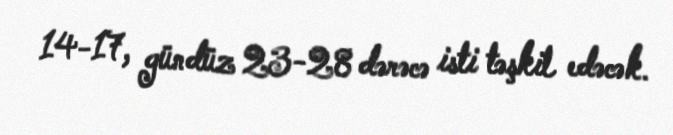
14-17, gündüz 23-28 dərəcə isti təşkil edəcək.